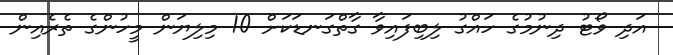
އަދި ވޯޓު ދިނުމުގެ ހައްގު ލިބިފައިވާ ގާތްގަނޑަކަށް 10 މިލިޔަން މީހުންގެ ތެރެއިން